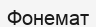
Фонемат